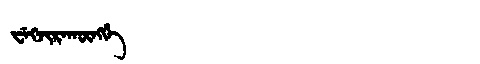
Manchu: ᠸᡝᡴᠵᡳᡵᠠᡴᡡᠩᡤᡝ
Romanization: WEKJIRAKŪNGGE